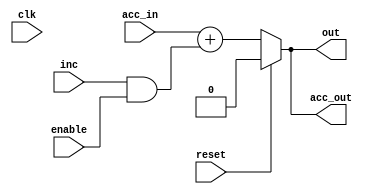
module dds_sw(
    input                            clk,
    input                            reset,
    input                            enable,
    //Phase increment/result.
    input [(PHASE_INC_WIDTH-1):0]    inc,
    output wire [(OUTPUT_WIDTH-1):0] out,
    //Accumulator state.
    input [(ACC_WIDTH-1):0]          acc_in,
    output wire [(ACC_WIDTH-1):0]    acc_out);
   
   parameter ACC_WIDTH = 1;
   parameter PHASE_INC_WIDTH = 1;
   parameter OUTPUT_WIDTH = 1;
   parameter PIPELINE = 0;
   parameter [(ACC_WIDTH-1):0] ACC_RESET_VALUE = {ACC_WIDTH{1'b0}};

   //Increment by zero to implement disable.
   wire [(PHASE_INC_WIDTH-1):0] inc_value;
   assign inc_value = inc & {PHASE_INC_WIDTH{enable}};

   //Zero-extend phase increment to accumulator width.
   wire [(ACC_WIDTH-1):0] inc_extended;
   assign inc_extended = {{ACC_WIDTH-PHASE_INC_WIDTH{1'b0}},inc_value};

   //Add phase increment. Pipeline if specified.
   wire [(ACC_WIDTH-1):0] next_value;
   generate
      if(PIPELINE) begin
         wire [(ACC_WIDTH-1):0] inc_km1;
         delay #(.WIDTH(ACC_WIDTH))
           inc_delay(.clk(clk),
                     .reset(reset),
                     .in(inc_extended),
                     .out(inc_km1));

         wire [(ACC_WIDTH-1):0] accumulator_km1;
         delay #(.WIDTH(ACC_WIDTH))
           acc_delay(.clk(clk),
                     .reset(reset),
                     .in(acc_in),
                     .out(accumulator_km1));
         
         assign next_value = accumulator_km1+inc_km1;
      end
      else begin
         assign next_value = acc_in+inc_extended;
      end
   endgenerate

   //Assign output value.
   assign acc_out = reset ? ACC_RESET_VALUE : next_value;

   //Output is the top bits of the phase accumulator.
   assign out = acc_out[(ACC_WIDTH-1):(ACC_WIDTH-OUTPUT_WIDTH)];
endmodule